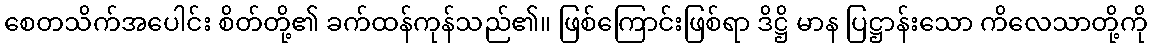
စေတသိက်အပေါင်း စိတ်တို့၏ ခက်ထန်ကုန်သည်၏။ ဖြစ်ကြောင်းဖြစ်ရာ ဒိဋ္ဌိ မာန ပြဋ္ဌာန်းသော ကိလေသာတို့ကို